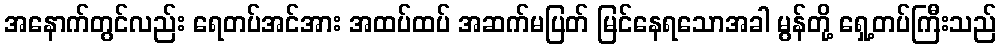
အနောက်တွင်လည်း ရေတပ်အင်အား အထပ်ထပ် အဆက်မပြတ် မြင်နေရသောအခါ မွန်တို့ ရှေ့တပ်ကြီးသည်